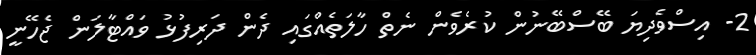
2- އިސްވެދިޔަ ބޭސްބޭނުން ކުރެވެން ނެތް ހާލަތެއްގައި ދެން ދަރިފުޅު ވައްޓާލަން ޖެހޭނީ